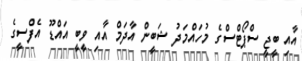
އާއި ބީޖީ ސްޕޯޓްސްގެ މުހައްމަދު ޝަބީން އާދަމް އާއި ވީބީ އައްޑޫ އެފްސީގެ